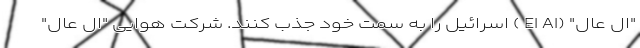
"ال عال" (El Al ) اسرائیل را به سمت خود جذب کنند. شرکت هوایی "ال عال"